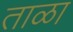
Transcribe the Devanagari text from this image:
ताळा